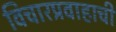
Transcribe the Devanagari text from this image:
विचारप्रवाहाची